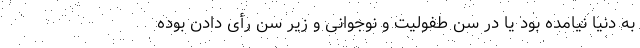
به دنیا نیامده بود یا در سن طفولیت و نوجوانی و زیر سن رأی دادن بوده